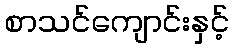
စာသင်ကျောင်းနှင့်